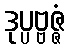
ဒုပ္ပဗ္ဗဇ္ဇံ